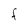
Character: F